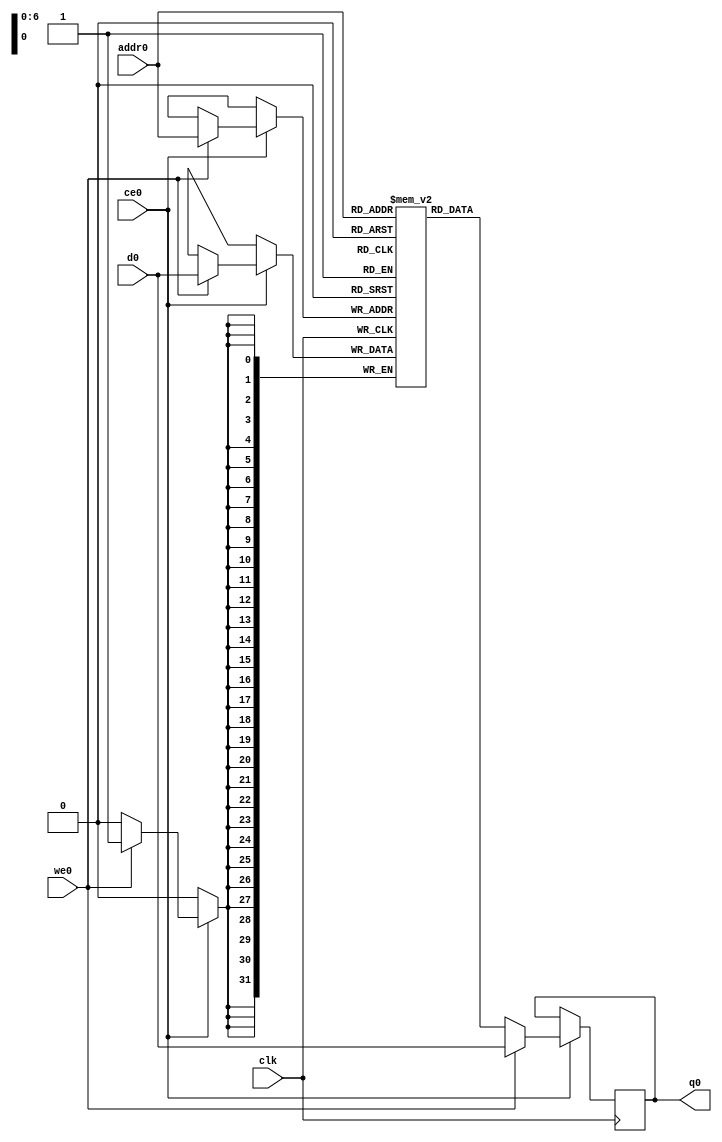
`timescale 1ns / 1ps
//////////////////////////////////////////////////////////////////////////////////
// Company: 
// Engineer: 
// 
// Design Name: 
// Module Name:    omp_V 
// Project Name: 
// Target Devices: 
// Tool versions: 
// Description: 
//
// Dependencies: 
//
// Revision: 
// Revision 0.01 - File Created
// Additional Comments: 
//
//////////////////////////////////////////////////////////////////////////////////
module omp_V (addr0, ce0, d0, we0, q0,clk);

parameter DWIDTH = 32;
parameter AWIDTH = 7;
parameter MEM_SIZE = 128;

input[AWIDTH-1:0] addr0;
input ce0;
input[DWIDTH-1:0] d0;
input we0;
output reg[DWIDTH-1:0] q0;
input clk;

(* ram_style = "block" *)reg [DWIDTH-1:0] ram[MEM_SIZE-1:0];




always @(posedge clk)  
begin 
    if (ce0) 
    begin
        if (we0) 
        begin 
            ram[addr0] <= d0; 
            q0 <= d0;
        end 
        else 
            q0 <= ram[addr0];
    end
end




endmodule